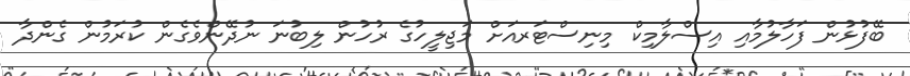
ބޭފުޅުން ފަހާލުމާއި އިސްލާމިކް މިނިސްޓަރއަށް މަޖިލީހުގެ ރުހުން ލިބުނަ ނުދޭންވެގެން ކުރަމުން ގެންދާ